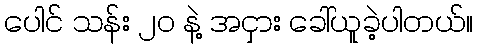
ပေါင် သန်း ၂၀ နဲ့ အငှား ခေါ်ယူခဲ့ပါတယ်။